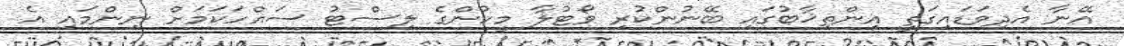
އޭނާ އެދިވަޑައިގަތީ އިންތިޚާބުގައި ބޭނުންކުރި ވޯޓުލާ މީހުންގެ ލިސްޓު ސައްހަކަމަށް ނިންމައި އެ